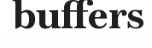
buffers